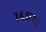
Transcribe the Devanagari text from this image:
१४०१०